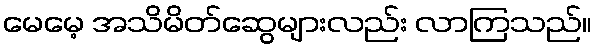
မေမေ့ အသိမိတ်ဆွေများလည်း လာကြသည်။